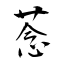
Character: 菍